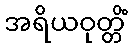
အရိယဝုတ္တိံ